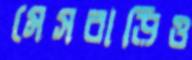
মেসবাড়িও